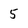
Character: 5